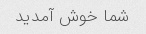
شما خوش آمدید